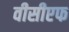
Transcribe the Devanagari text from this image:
वीसीएफ